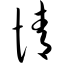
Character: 情